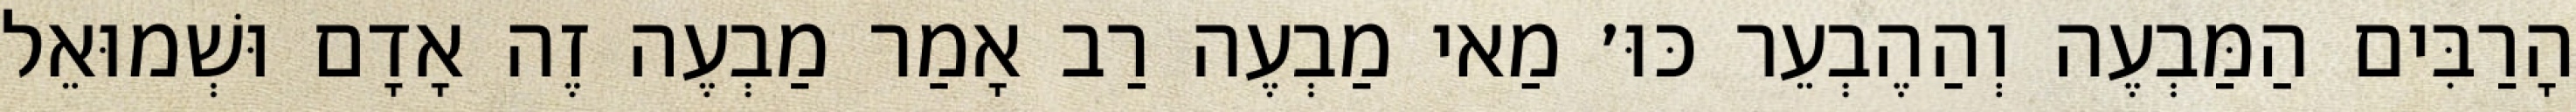
הָרַבִּים הַמַּבְעֶה וְהַהֶבְעֵר כּוּ׳ מַאי מַבְעֶה רַב אָמַר מַבְעֶה זֶה אָדָם וּשְׁמוּאֵל